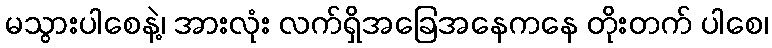
မသွားပါစေနဲ့၊ အားလုံး လက်ရှိအခြေအနေကနေ တိုးတက် ပါစေ၊